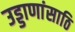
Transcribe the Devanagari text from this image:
उड्डाणांसाठि